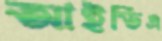
আইডিএ